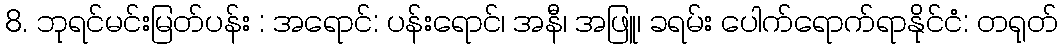
8. ဘုရင်မင်းမြတ်ပန်း : အရောင်: ပန်းရောင်၊ အနီ၊ အဖြူ၊ ခရမ်း ပေါက်ရောက်ရာနိုင်ငံ: တရုတ်